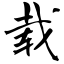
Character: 载